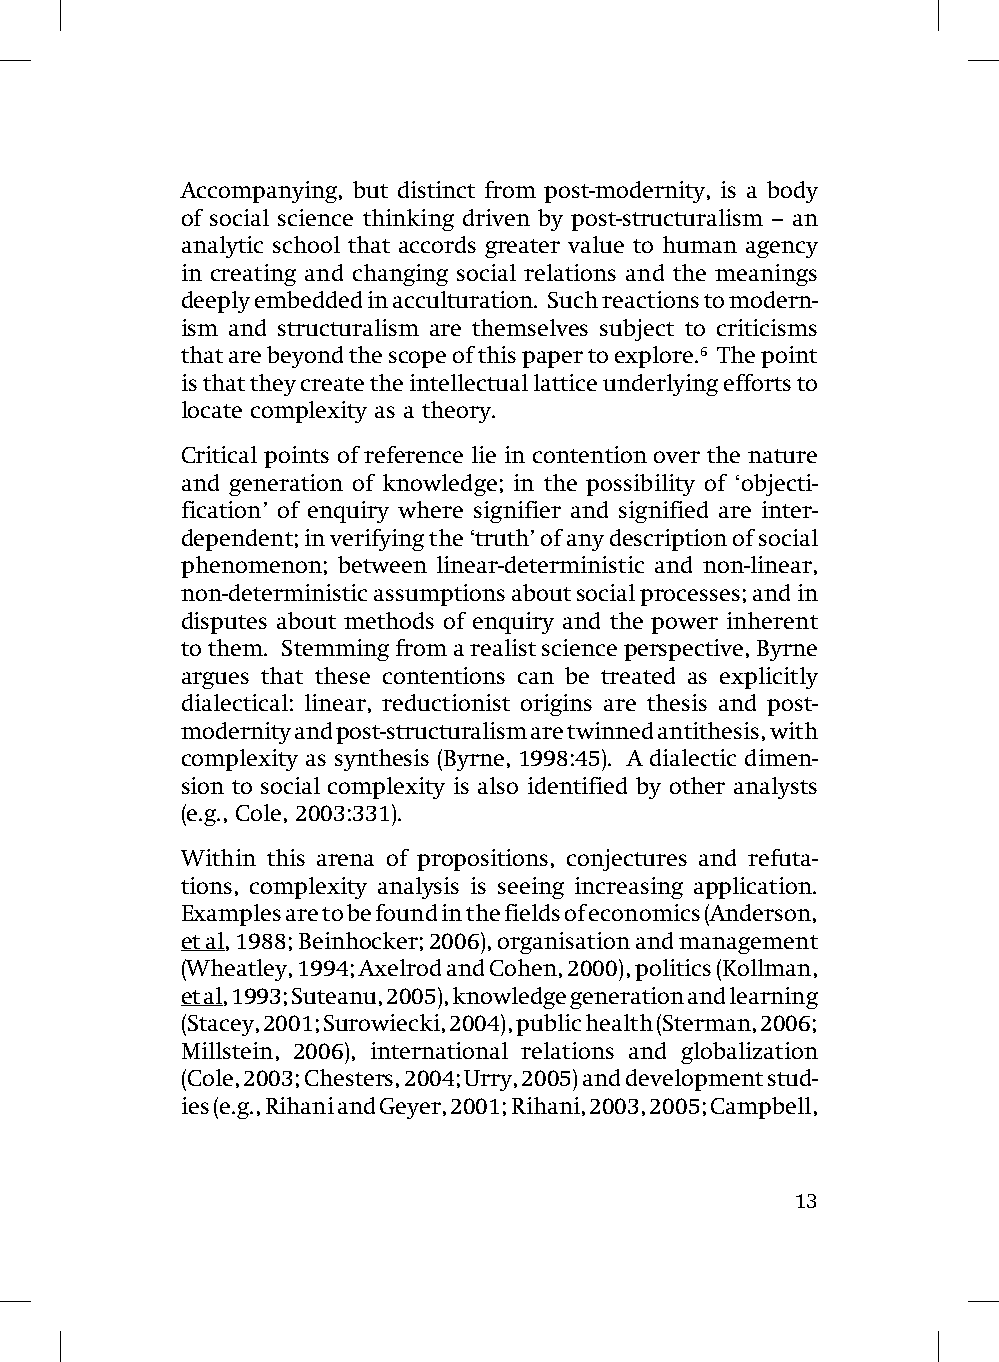
Accompanying, but distinct from post-modernity, is a body
 of social science thinking driven by post-structuralism – an
 analytic school that accords greater value to human agency
 in creating and changing social relations and the meanings
 deeply embedded in acculturation. Such reactions to modern-
 ism and structuralism are themselves subject to criticisms
 that are beyond the scope of this paper to explore.6 The point
 is that they create the intellectual lattice underlying efforts to
 locate complexity as a theory.
 Critical points of reference lie in contention over the nature
 and generation of knowledge; in the possibility of ‘objecti-
 fication’ of enquiry where signifier and signified are inter-
 dependent; in verifying the ‘truth’ of any description of social
 phenomenon; between linear-deterministic and non-linear,
 non-deterministic assumptions about social processes; and in
 disputes about methods of enquiry and the power inherent
 to them. Stemming from a realist science perspective, Byrne
 argues that these contentions can be treated as explicitly
 dialectical: linear, reductionist origins are thesis and post-
 modernity and post-structuralism are twinned antithesis, with
 complexity as synthesis (Byrne, 1998:45). A dialectic dimen-
 sion to social complexity is also identified by other analysts
 (e.g., Cole, 2003:331).
 Within this arena of propositions, conjectures and refuta-
 tions, complexity analysis is seeing increasing application.
 Examples are to be found in the fields of economics (Anderson,
 et al, 1988; Beinhocker; 2006), organisation and management
 (Wheatley, 1994; Axelrod and Cohen, 2000), politics (Kollman,
 et al, 1993; Suteanu, 2005), knowledge generation and learning
 (Stacey, 2001; Surowiecki, 2004), public health (Sterman, 2006;
 Millstein, 2006), international relations and globalization
 (Cole, 2003; Chesters, 2004; Urry, 2005) and development stud-
 ies (e.g., Rihani and Geyer, 2001; Rihani, 2003, 2005; Campbell,
 13